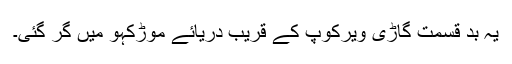
یہ بد قسمت گاڑی ویرکوپ کے قریب دریائے موڑکہو میں گر گئی۔